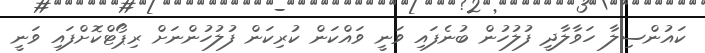
ކައުންސިލާ ހަވާލާދީ ފުލުހުން ބުނެފައި ވަނީ ވައްކަން ކުރިކަން ފުލުހުންނަށް ރިޕޯޓްކޮށްފައި ވަނީ